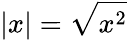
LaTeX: |x|={\sqrt{x^{2}}}